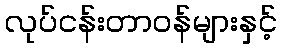
လုပ်ငန်းတာဝန်များနှင့်